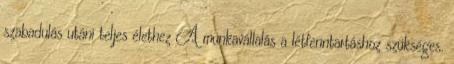
szabadulás utáni teljes élethez A munkavállalás a létfenntartáshoz szükséges.